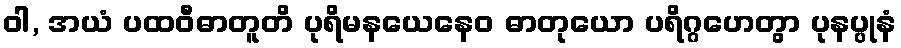
ဝါ, အယံ ပထဝီဓာတူတိ ပုရိမနယေနေဝ ဓာတုယော ပရိဂ္ဂဟေတွာ ပုနပ္ပုနံ